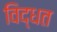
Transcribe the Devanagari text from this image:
विद्धत